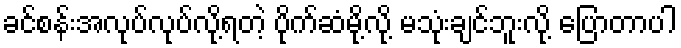
ခင်စန်းအလုပ်လုပ်လို့ရတဲ့ ပိုက်ဆံမို့လို့ မသုံးချင်ဘူးလို့ ပြောတာပါ